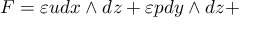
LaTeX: F = \varepsilon u d x \wedge d z + \varepsilon p d y \wedge d z +